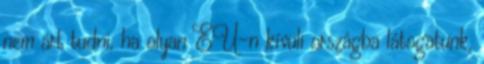
nem árt tudni, ha olyan EU-n kívüli országba látogatunk,